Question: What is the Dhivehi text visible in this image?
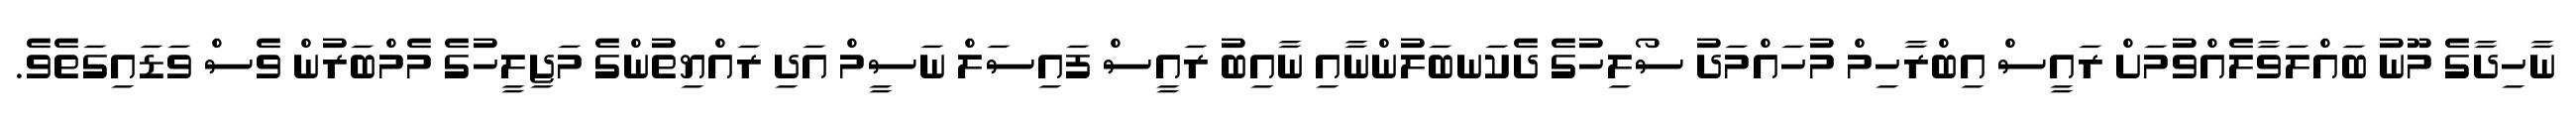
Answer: ނާހިދާގެ މޫނު ބައްލަވާލެއްވުމަށް ރައީސް އިބްރާހިމް މުހައްމަދު ސޯލިހުގެ ދެކަނބަލުންނާއި ނާއިބު ރައީސް ފައިސަލް ނަސީމް އަދި ރައްޔިތުންގެ މަޖިލީހުގެ މެމްބަރުން ވެސް ވަޑައިގަތެވެ.